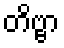
တိဗ္ဗာ